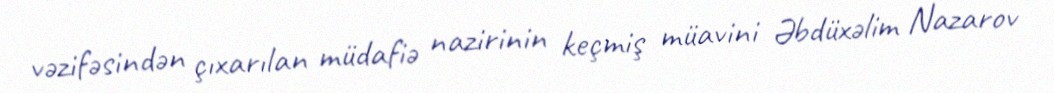
vəzifəsindən çıxarılan müdafiə nazirinin keçmiş müavini Əbdüxəlim Nazarov